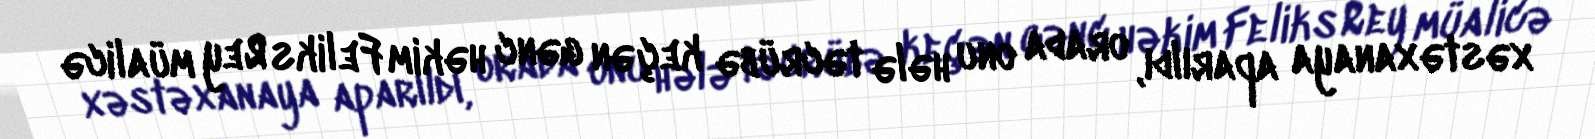
xəstəxanaya aparıldı, orada onu hələ təcrübə keçən gənc həkim Feliks Rey müalicə